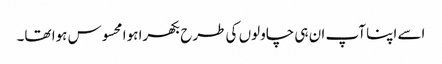
اسے اپنا آپ ان ہی چاولوں کی طرح بکھرا ہوا محسوس ہوا تھا۔